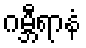
ဂမ္ဘီရာနံ